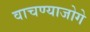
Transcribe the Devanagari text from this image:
वाचण्याजोगे